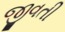
જીવતી